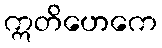
ဣတိဟေကေ